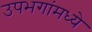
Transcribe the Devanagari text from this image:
उपभगांमध्ये